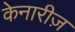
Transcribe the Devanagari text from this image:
केनारीज़